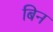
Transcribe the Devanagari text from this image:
बिन